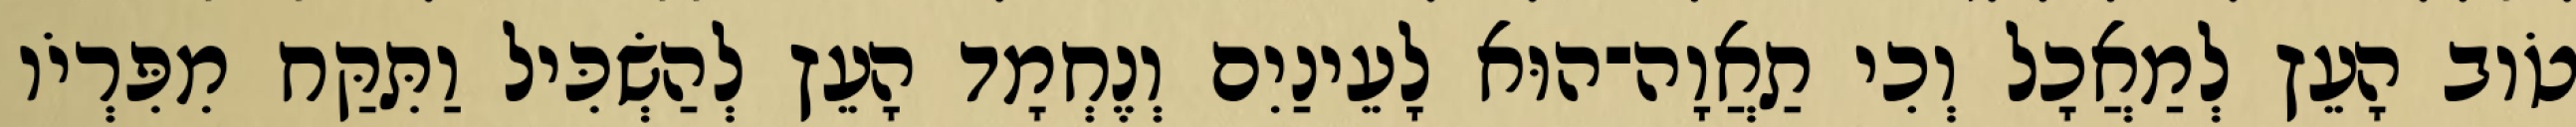
טֹוב הָעֵץ לְמַאֲכָל וְכִי תַאֲוָה־הוּא לָעֵינַיִם וְנֶחְמָד הָעֵץ לְהַשְׂכִּיל וַתִּקַּח מִפִּרְיֹו